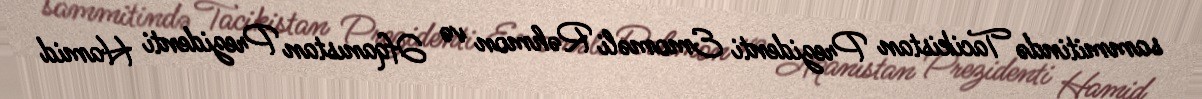
sammitində Tacikistan Prezidenti Emoməli Rəhmon və Əfqanıstan Prezidenti Hamid